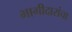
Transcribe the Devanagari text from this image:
भागीदारांचा